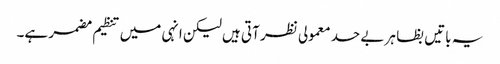
یہ باتیں بظا ہر بے حد معمولی نظر آتی ہیں لیکن انہی میں تنظیم مضمر ہے۔